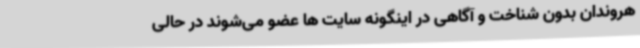
هروندان بدون شناخت و آگاهی در اینگونه سایت ها عضو می‌شوند در حالی